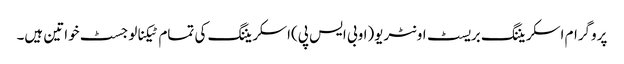
پروگرام اسکریننگ بریسٹ اونٹریو(اوبی ایس پی)اسکریننگ کی تمام ٹیکنالوجسٹ خواتین ہیں۔